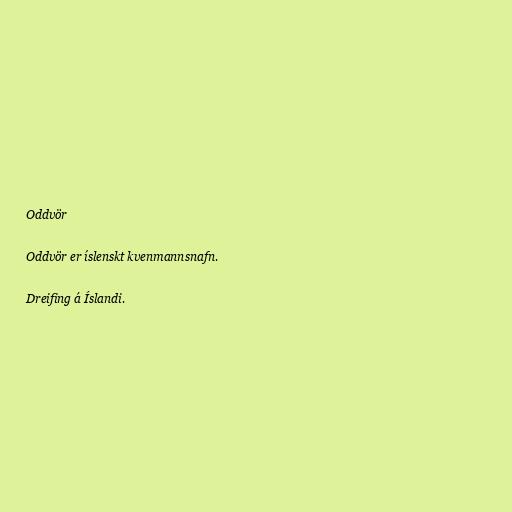
Oddvör

Oddvör er íslenskt kvenmannsnafn.

Dreifing á Íslandi.